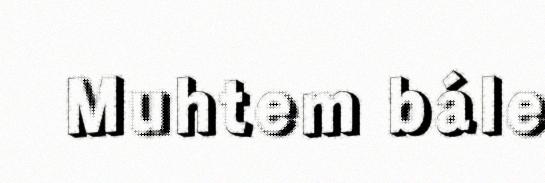
Muhtem bále